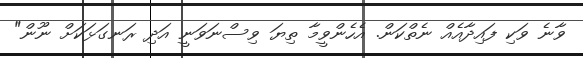
ވާނެ ވަކި ފައިދާއެއް ނެތްކަން. އެހެންވީމާ ތިޔަ ވިސްނަވަނީ އަދި ރަނގަޅަކަށް ނޫން"